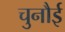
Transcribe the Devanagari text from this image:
चुनौई